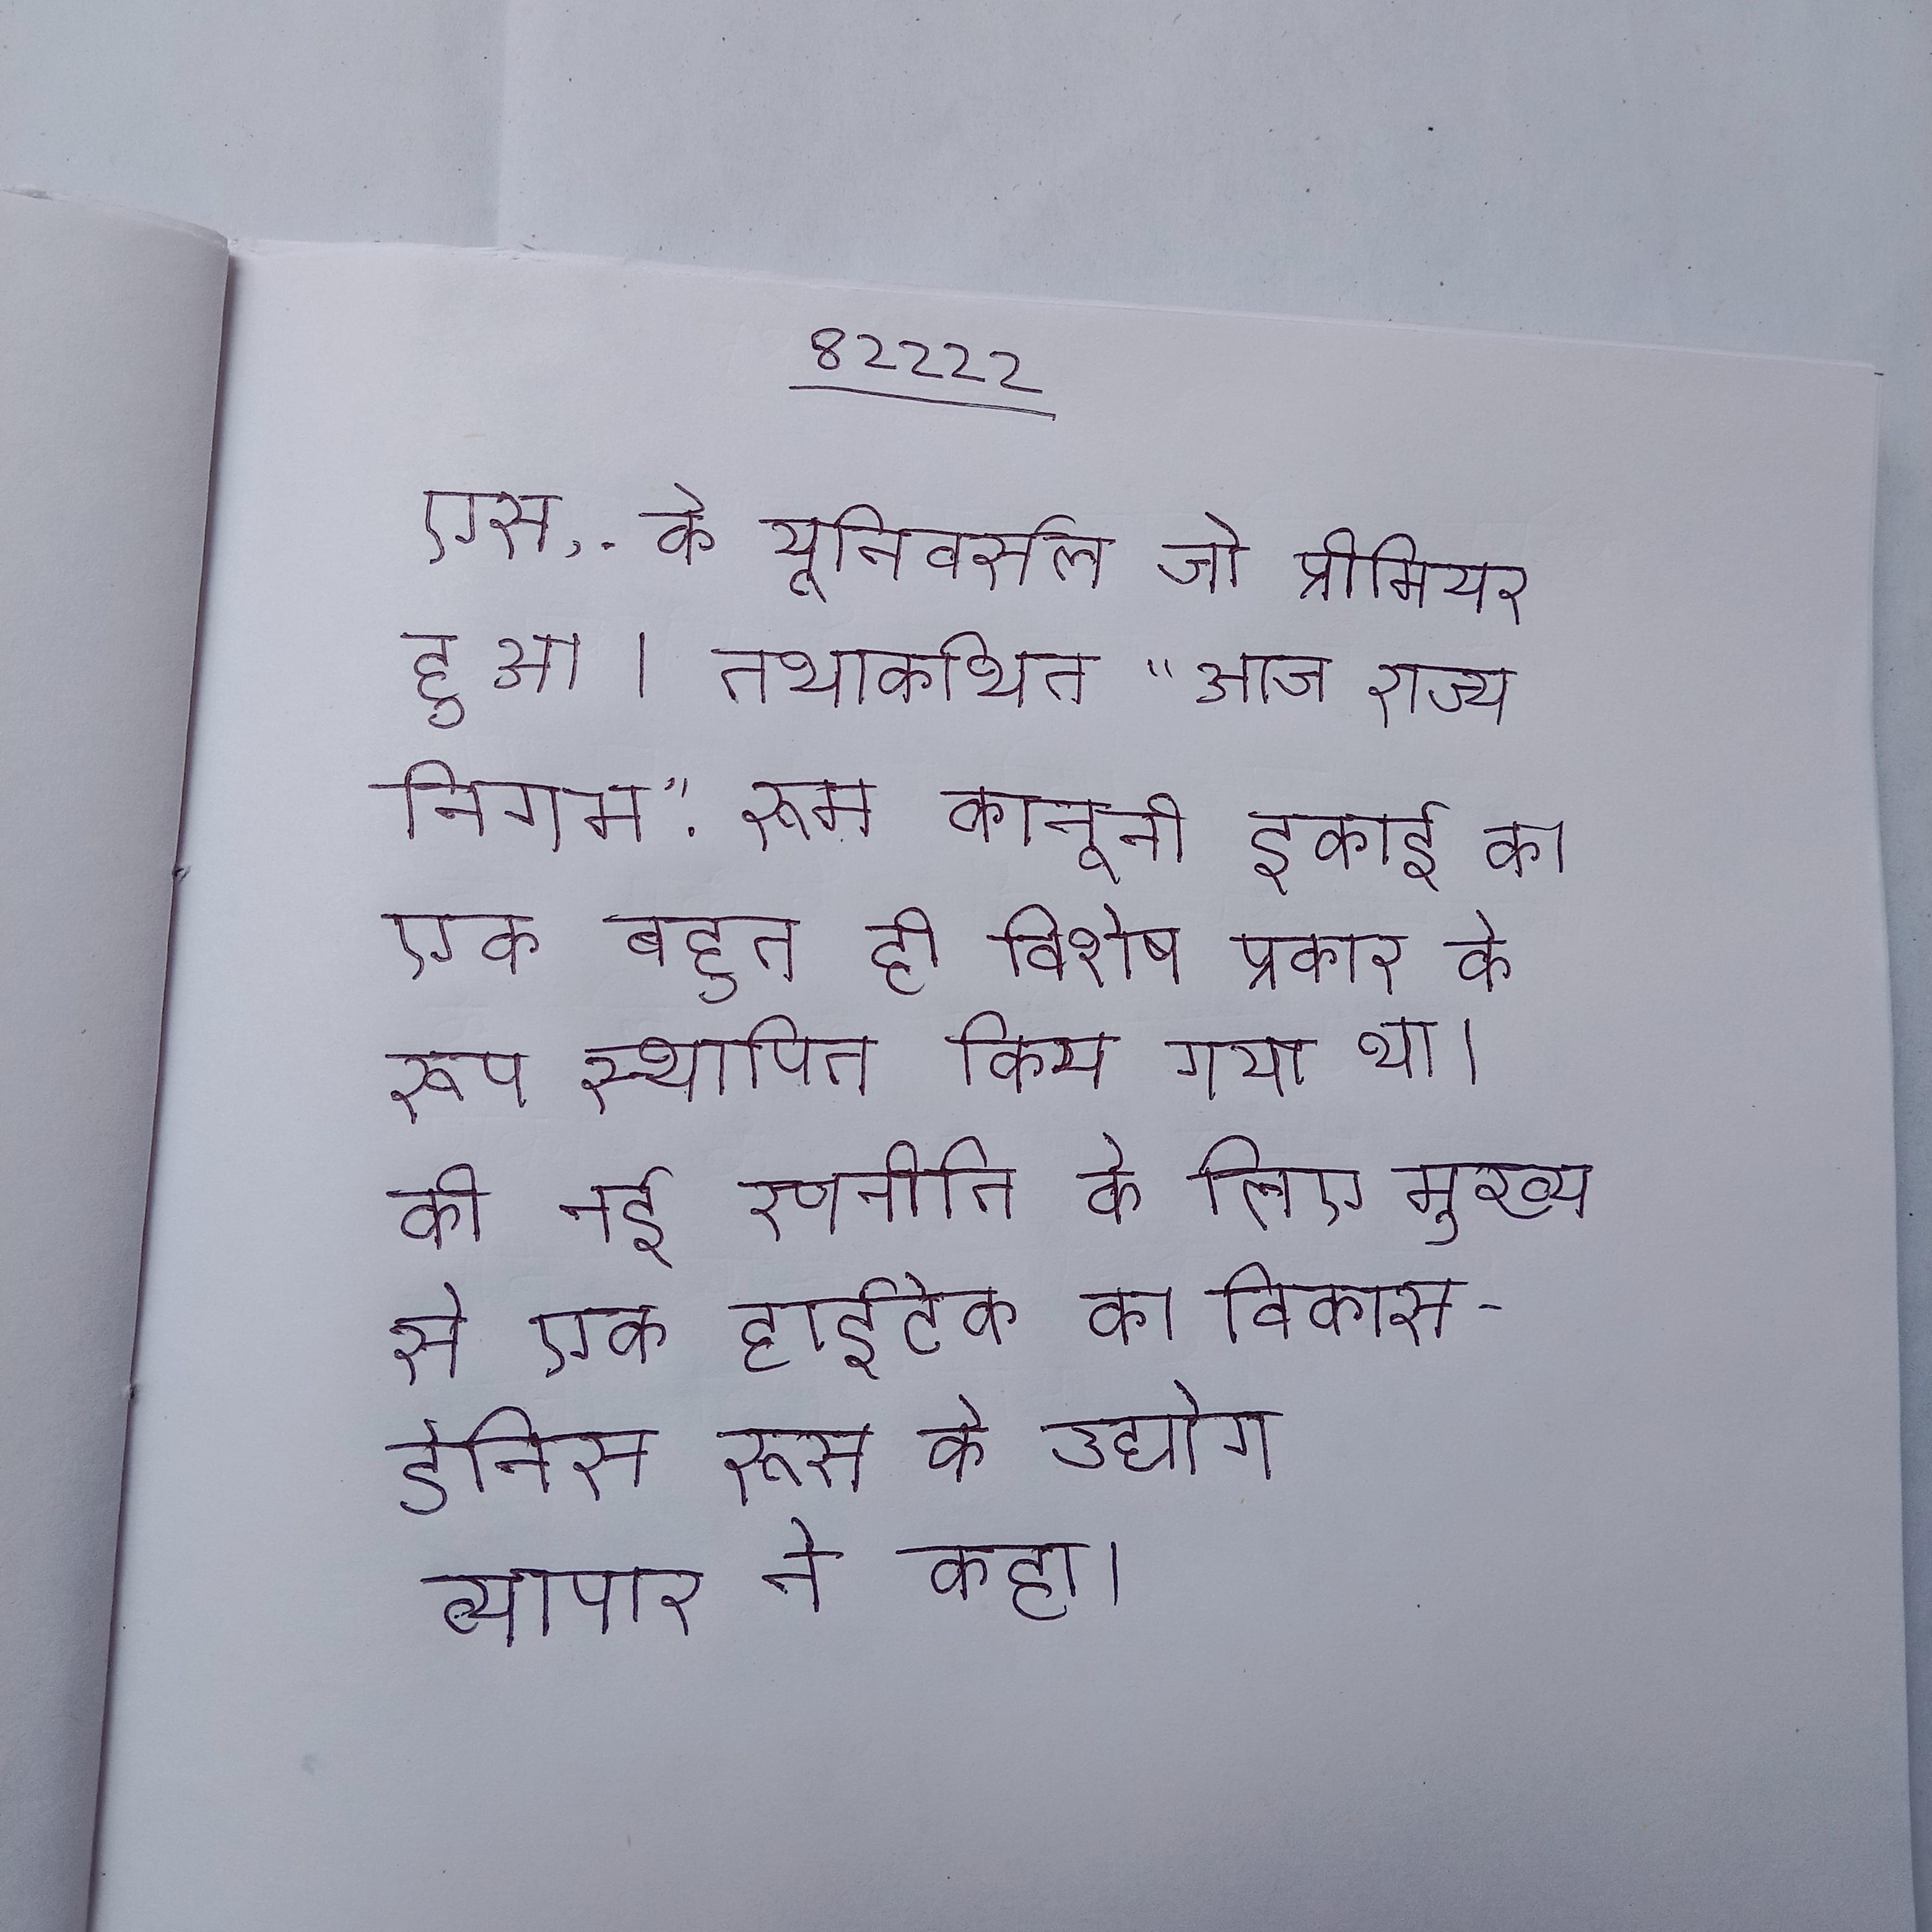
एस, . के यूनिवर्सल जो प्रीमियर हुआ । तथाकथित "राज्य निगम", रूस कानूनी इकाई का एक बहुत ही विशेष प्रकार के रूप स्थापित किया गया था । की नई रणनीति के लिए मुख्य से एक हाईटेक का विकास - डेनिस रूस के उद्योग व्यापार ने कहा ।